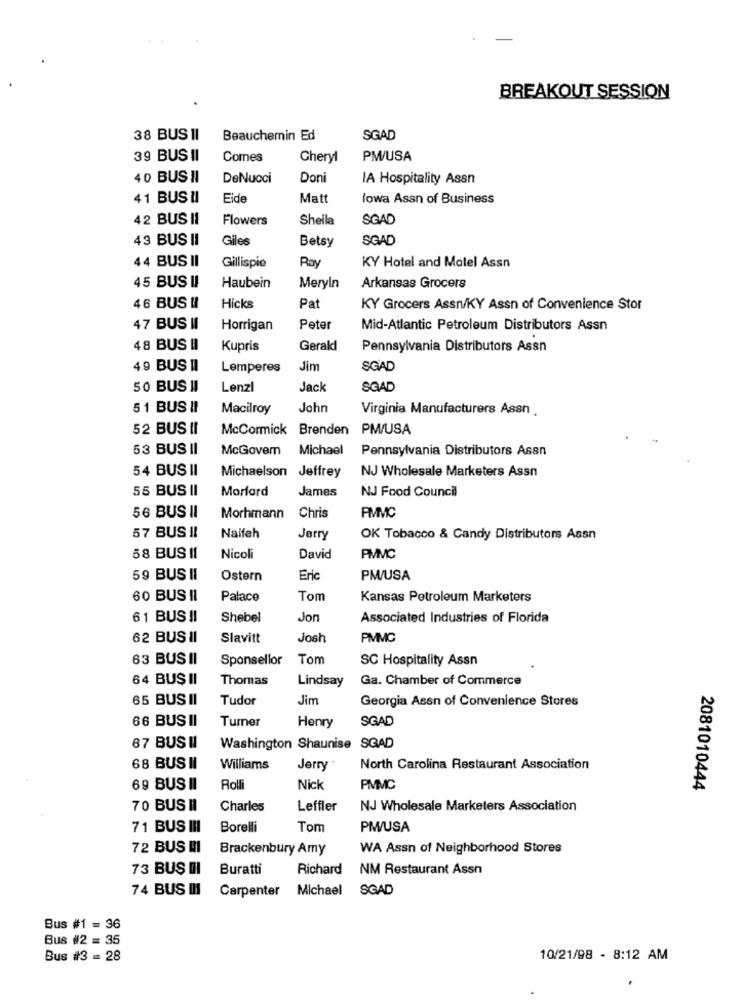
BREAKOUT SESSION
38 BUS 1I
Beauchemin Ed
SGAD
39 BUS !I
Comes
Cheryl
PM/USA
40 BUS II
DeNucci
Doni
IA Hospitality Assn
41 BUS II
Eide
Matt
lowa Assn of Business
42 BUS II
Flowers
Shella
SGAD
43 BUS II
Giles
Betsy
SGAD
44 BUS II
Gillispie
Ray
KY Hotel and Motel Assn
45 BUS II
Haubein
Meryln
Arkansas Grocers
46 BUS II
Hicks
Pat
KY Grocers Assn/KY Assn of Convenience Stor
47 BUS II
Horrigan
Peter
Mid-Atlantic Petroleum Distributors Assn
48 BUS II
Kupris
Gerald
Pennsylvania Distributors Assn
49 BUS II
Lemperes
Jim
SGAD
50 BUS !!
Lenzi
Jack
SQAD
51 BUS II
Macilroy
John
Virginia Manufacturers Assn .
52 BUS II
McCormick Brenden PM/USA
53 BUS II
McGovem
Michael
Pennsylvania Distributors Assn
54 BUS II
Michaelson Jeffrey
NJ Wholesale Marketers Assn
55 BUS II
Morfard
James
NJ Food Council
PIMMC
56 BUS II
Morhmann
Chris
57 BUS !!
Naifeh
Jerry
OK Tobacco & Candy Distributors Assn
58 BUS II
Nicoli
David
PMMVC
59 BUS II
Ostern
Eric
PM/USA
60 BUS II
Palace
Tom
Kansas Petroleum Marketers
61 BUS !!
Shebel
Jon
Associated Industries of Florida
62 BUS II
Slavitt
Josh
PIMMC
63 BUS II
Sponsellor
Tom
SC Hospitality Assn
64 BUS II
Thomas
Lindsay
Ga. Chamber of Commerce
65 BUS II
Tudor
Jim
Georgia Assn of Convenience Stores
66 BUS II
Turner
Henry
SGAD
67 BUSHI
Washington Shaunise SGAD
68 BUS II
Williams
Jerry
North Carolina Restaurant Association
69 BUS II
Rolli
Nick
PMMC
2081010444
70 BUS II
Charles
Leffler
NJ Wholesale Marketers Association
71 BUS III
Borelli
Ton
PM/USA
72 BUS MI
Brackenbury Amy
WA Assn of Neighborhood Stores
73 BUS III
Buratti
Richard
NM Restaurant Assn
74 BUS III
Carpenter
Michael
SGAD
Bus #1 = 36
Bus #2 = 35
Bus #3 = 28
10/21/98 - 8:12 AM